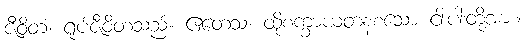
ဇီဝိတံ၊ ရုပ်ဇီဝိတသည်။ ဧတေသံ၊ ထိုစက္ခာယတနစသော ငါးပါးတို့အား။